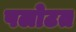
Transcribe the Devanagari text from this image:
पलोटत